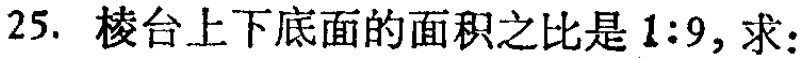
25. 棱台上下底面的面积之比是\(1:9\)，求：